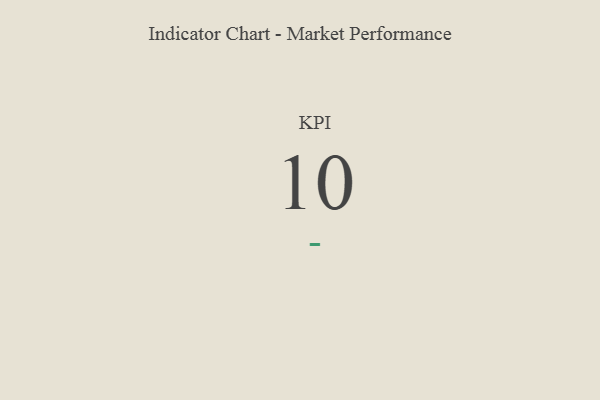
{"axis": {"x": "KPI", "y": "Value"}, "legend": [""], "data": [{"x": "KPI", "y": 10, "type": ""}]}